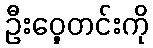
ဦးဝှေ့တင်းကို